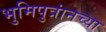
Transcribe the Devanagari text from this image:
भुमिपुत्रांनच्या